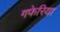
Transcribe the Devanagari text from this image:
गफेरिया